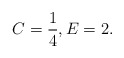
\begin{align*}C=\frac{1}{4},E=2.\end{align*}